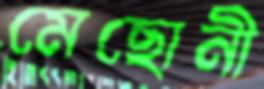
মেছোনী